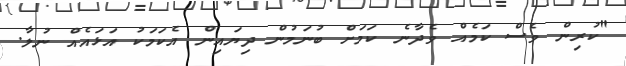
"ކުރިން ވެސް ކަމެއް ވެދާނެ ކަމަށް ބުނަމުން ދިޔައިން އެކަމަކު އަޅައެއް ނުލާ.